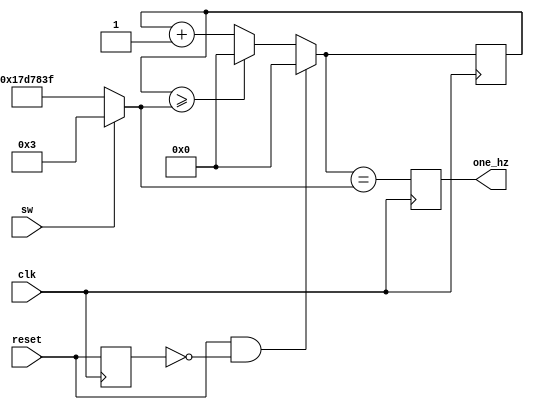
//creates a pulse every 1 second unless in warp mode because this lab takes long enough with out waiting for every timer
module divider(input clk, output reg one_hz, input sw, input reset);
    reg [28:0]count;
    reg reset_prev;
    
    assign warp_speed = sw; 
    always @ (posedge clk) begin
        reset_prev<=reset;
        if (reset&!reset_prev) count=0;
        else if (count >= (warp_speed ? 3 : 24_999_999)) count <= 0;
        else count <= count +1;
        one_hz <= (count == (warp_speed ? 3 : 24_999_999)) ;
    end
    
    
endmodule